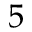
5